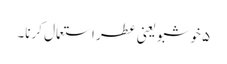
۵ خوشبو یعنی عطر استعمال کرنا۔